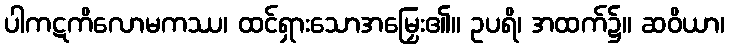
ပါကဋကိလောမကဿ၊ ထင်ရှားသောအမြှေး၏။ ဥပရိ၊ အထက်၌။ ဆဝိယာ၊